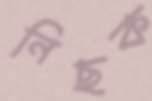
নিছক